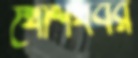
খোশখবর